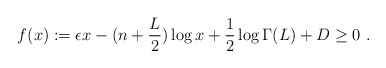
\begin{align*} f(x):=\epsilon x -(n+\frac L2)\log x+\frac 12\log \Gamma(L)+ D\geq 0 \ .\end{align*}